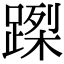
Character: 𨃮